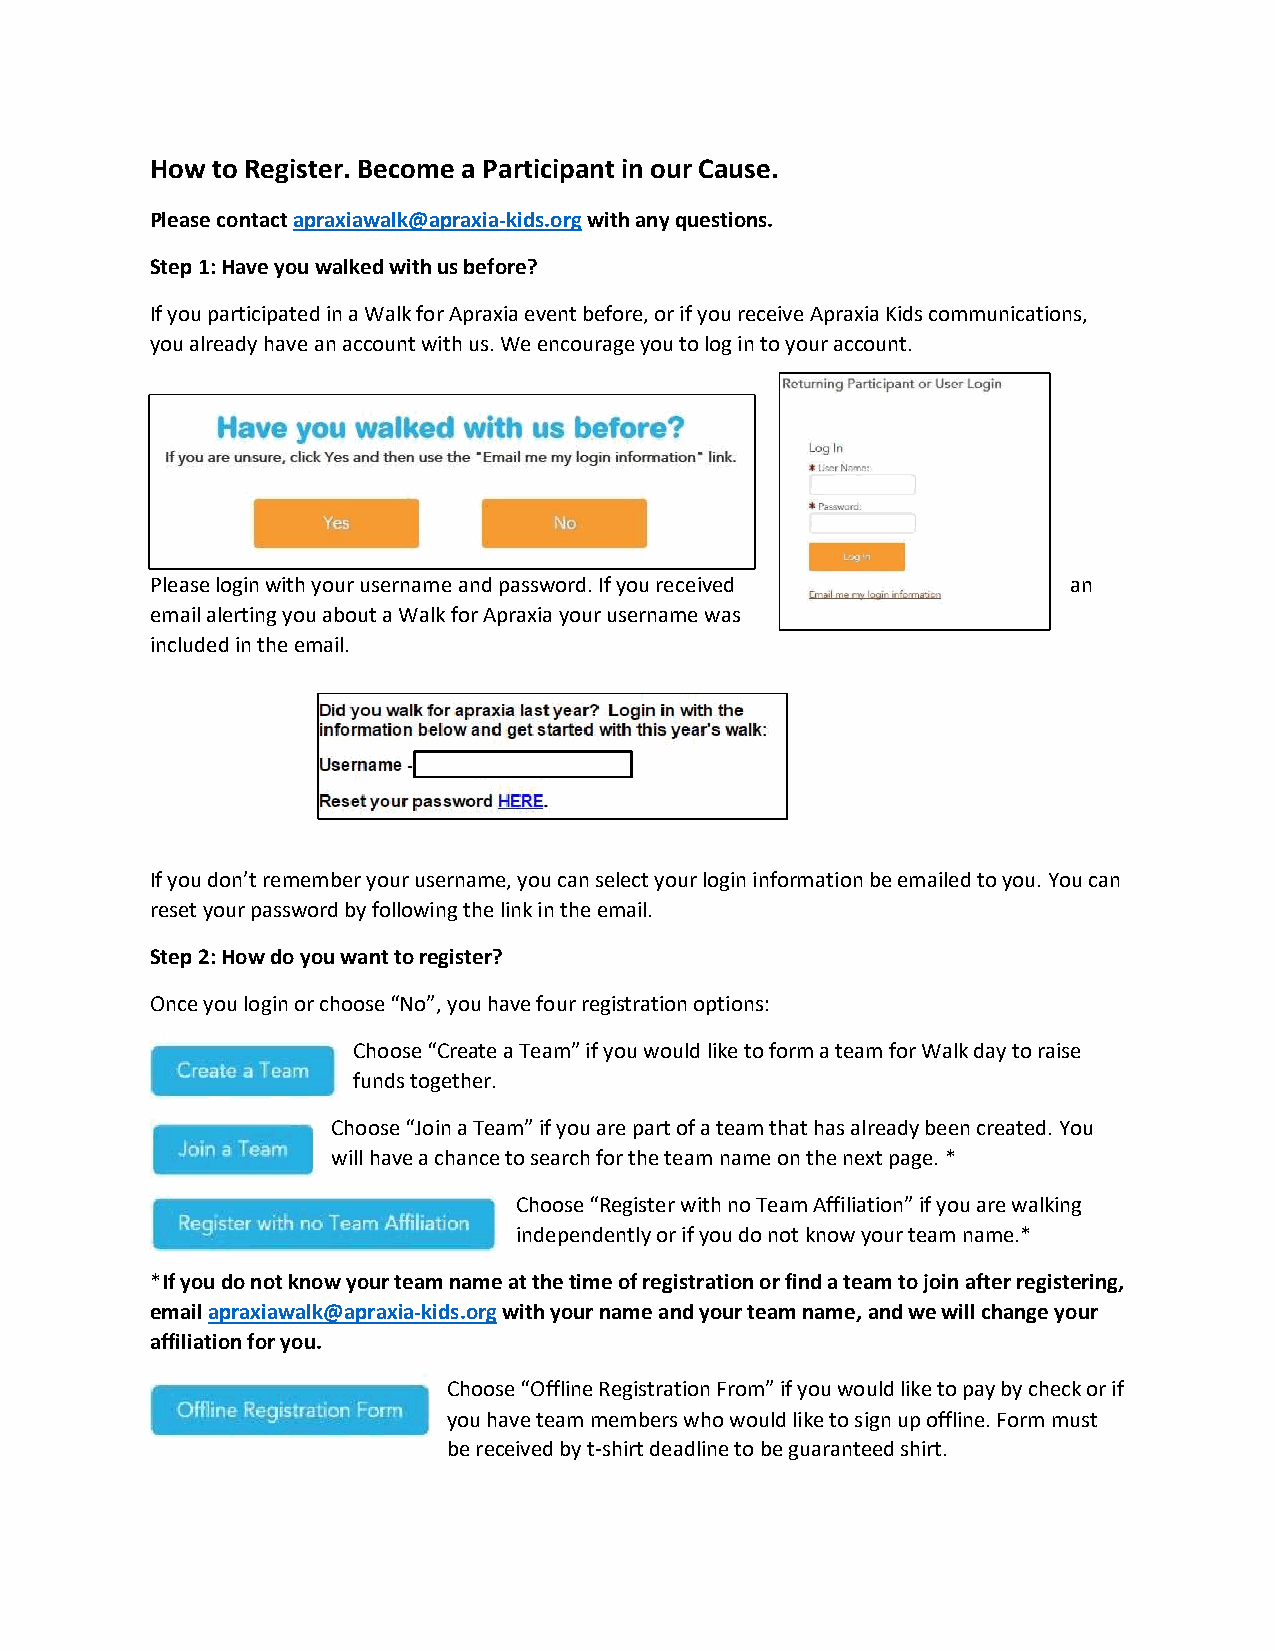
How to Register. Become a Participant in our Cause.
 Please contact apraxiawalk@apraxia-kids.org with any questions.
 Step 1: Have you walked with us before?
 If you participated in a Walk for Apraxia event before, or if you receive Apraxia Kids communications,
 you already have an account with us. We encourage you to log in to your account.
 Please login with your username and password. If you received an
 email alerting you about a Walk for Apraxia your username was
 included in the email.
 If you don’t remember your username, you can select your login information be emailed to you. You can
 reset your password by following the link in the email.
 Step 2: How do you want to register?
 Once you login or choose “No”, you have four registration options:
 Choose “Create a Team” if you would like to form a team for Walk day to raise
 funds together.
 Choose “Join a Team” if you are part of a team that has already been created. You
 will have a chance to search for the team name on the next page. *
 Choose “Register with no Team Affiliation” if you are walking
 independently or if you do not know your team name.*
 *If you do not know your team name at the time of registration or find a team to join after registering,
 email apraxiawalk@apraxia-kids.org with your name and your team name, and we will change your
 affiliation for you.
 Choose “Offline Registration From” if you would like to pay by check or if
 you have team members who would like to sign up offline. Form must
 be received by t-shirt deadline to be guaranteed shirt.